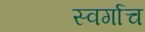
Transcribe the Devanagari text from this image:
स्वर्गाच